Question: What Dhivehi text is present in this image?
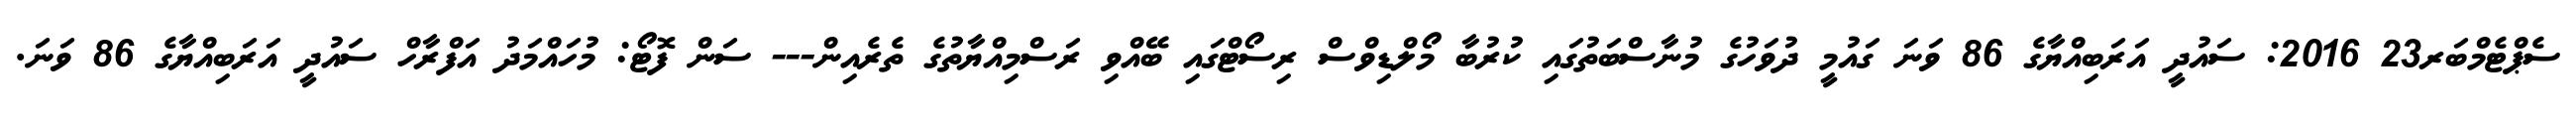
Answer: ސެޕްޓެމްބަރ23 2016: ސައުދީ އަރަބިއްޔާގެ 86 ވަނަ ގައުމީ ދުވަހުގެ މުނާސްބަތުގައި ކުރުބާ މޯލްޑިވްސް ރިސޯޓްގައި ބޭއްވި ރަސްމިއްޔާތުގެ ތެރެއިން--- ސަން ފޮޓޯ: މުހައްމަދު އަފްރާހް ސައުދީ އަރަބިއްޔާގެ 86 ވަނަ.